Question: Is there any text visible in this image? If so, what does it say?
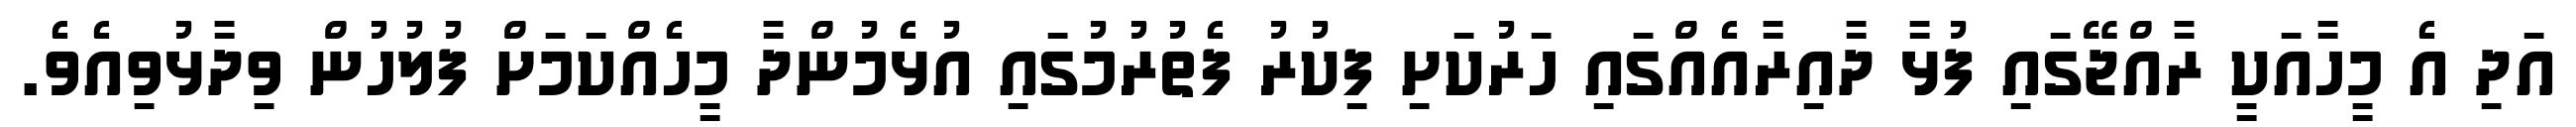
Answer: އަދި އެ މީހާއަކީ ރާއްޖޭގައި ފުޅާ ދާއިރާއެއްގައި ހަރުކަށި ފިކުރު ފެތުރުމުގައި އުޅެމުންދާ މީހެއްކަމަށް ފުލުހުން ވިދާޅުވިއެވެ.